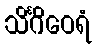
သိင်္ဂိဝေရံ